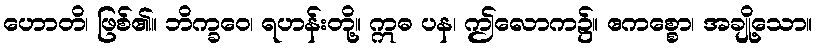
ဟောတိ၊ ဖြစ်၏။ ဘိက္ခဝေ၊ ရဟန်းတို့။ ဣဓ ပန၊ ဤလောက၌။ ဧကစ္စော၊ အချို့သော။